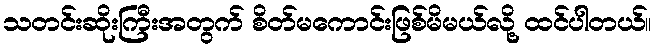
သတင်းဆိုးကြီးအတွက် စိတ်မကောင်းဖြစ်မိမယ်လို့ ထင်ပါတယ်။